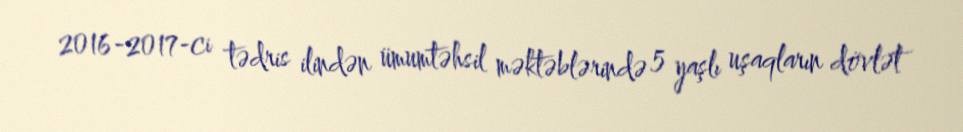
2016-2017-ci tədris ilindən ümumtəhsil məktəblərində 5 yaşlı uşaqların dövlət